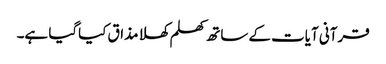
قرآنی آیات کے ساتھ کھلم کھلا مذاق کیاگیا ہے۔